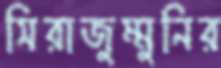
সিরাজুম্মুনির